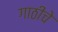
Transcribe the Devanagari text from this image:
गाठीचे